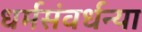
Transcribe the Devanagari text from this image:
धर्मसंवर्धन्या